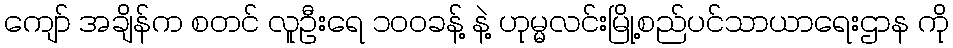
ကျော် အချိန်က စတင် လူဦးရေ ၁၀၀ခန့် နဲ့ ဟုမ္မလင်းမြို့စည်ပင်သာယာရေးဌာန ကို